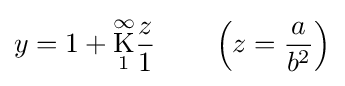
y=1+{\underset {1}{\overset {\infty }{\mathrm {K} }}}{\frac {z}{1}}\qquad \left(z={\frac {a}{b^{2}}}\right)